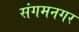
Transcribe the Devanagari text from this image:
संगमनगर